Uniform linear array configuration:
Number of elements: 8
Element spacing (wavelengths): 1
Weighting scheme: hann
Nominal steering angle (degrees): -15
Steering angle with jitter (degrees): -15.844
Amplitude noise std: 0.05
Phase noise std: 0.05

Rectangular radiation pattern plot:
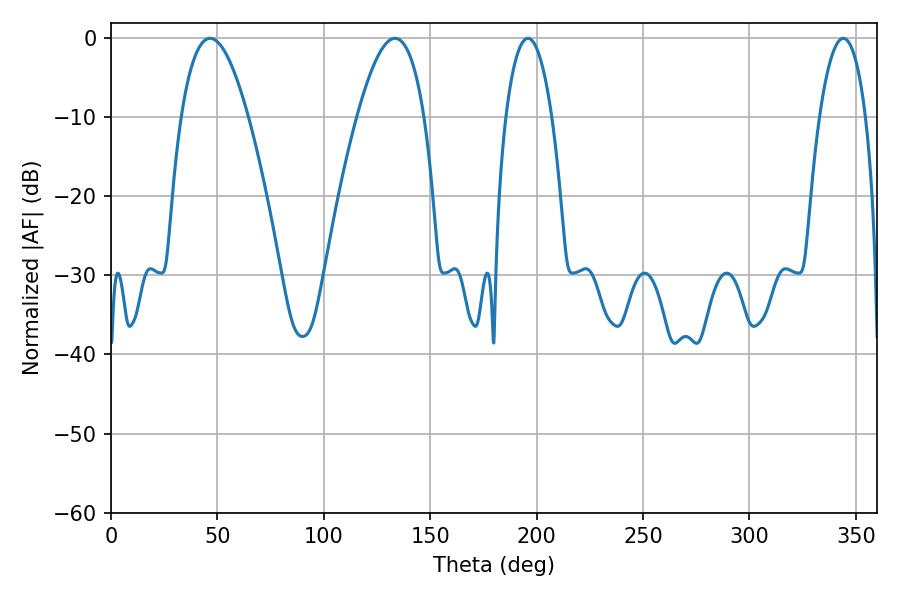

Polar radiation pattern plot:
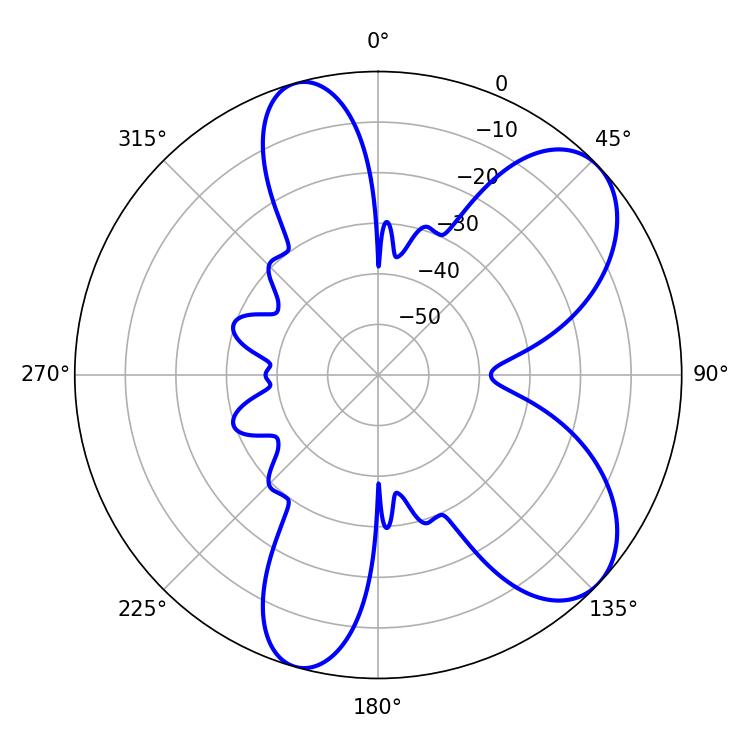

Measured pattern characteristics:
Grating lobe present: TRUE
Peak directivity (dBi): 7.553
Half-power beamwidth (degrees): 17.28
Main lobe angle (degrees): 46.62